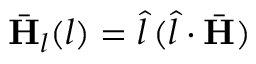
\bar { \mathbf { H } } _ { l } ( l ) = \hat { l } \, ( \hat { l } \cdot \bar { \mathbf { H } } )